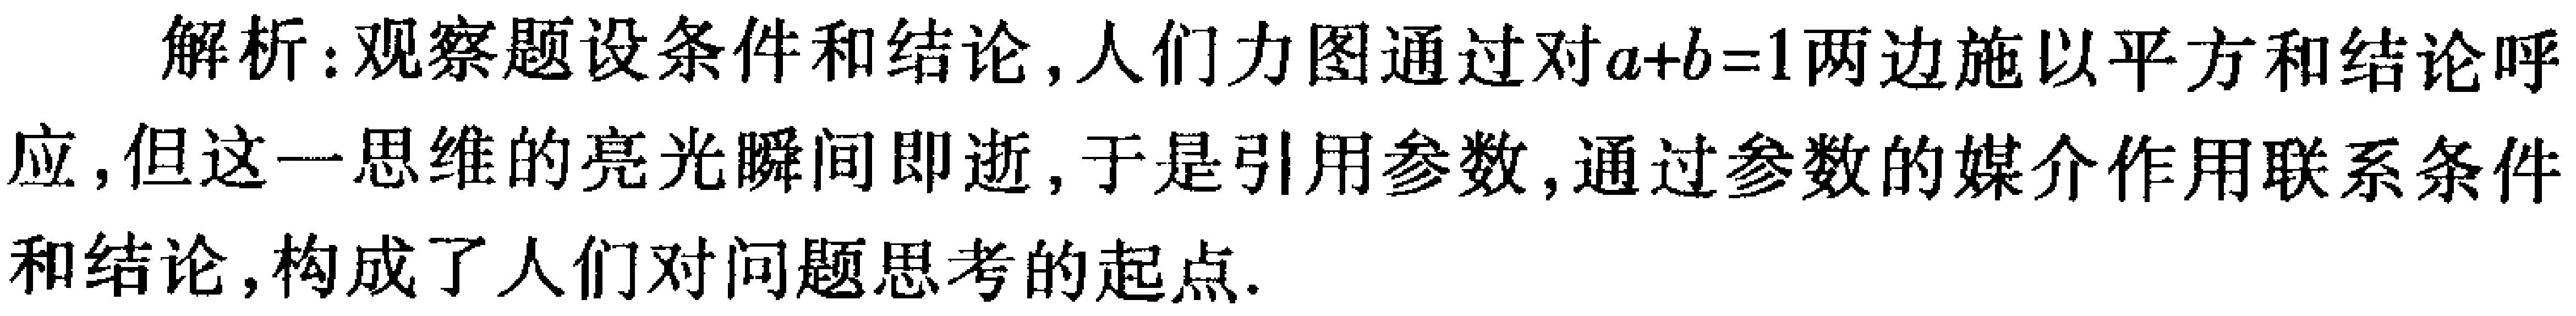
解析：观察题设条件和结论, 人们力图通过对\(a + b = 1\)两边施以平方和结论呼应, 但这一思维的亮光瞬间即逝, 于是引用参数, 通过参数的媒介作用联系条件和结论, 构成了人们对问题思考的起点.